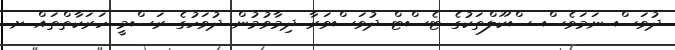
ދުވަސް ނަމަވެސް ސްކޫލްތަކުގެ ޓެސްޓް ދުވަސްވަރާ ދިމާވުމުން ދުވަހުގެ ރަސްމީ ހަރަކާތްތައް ށ.